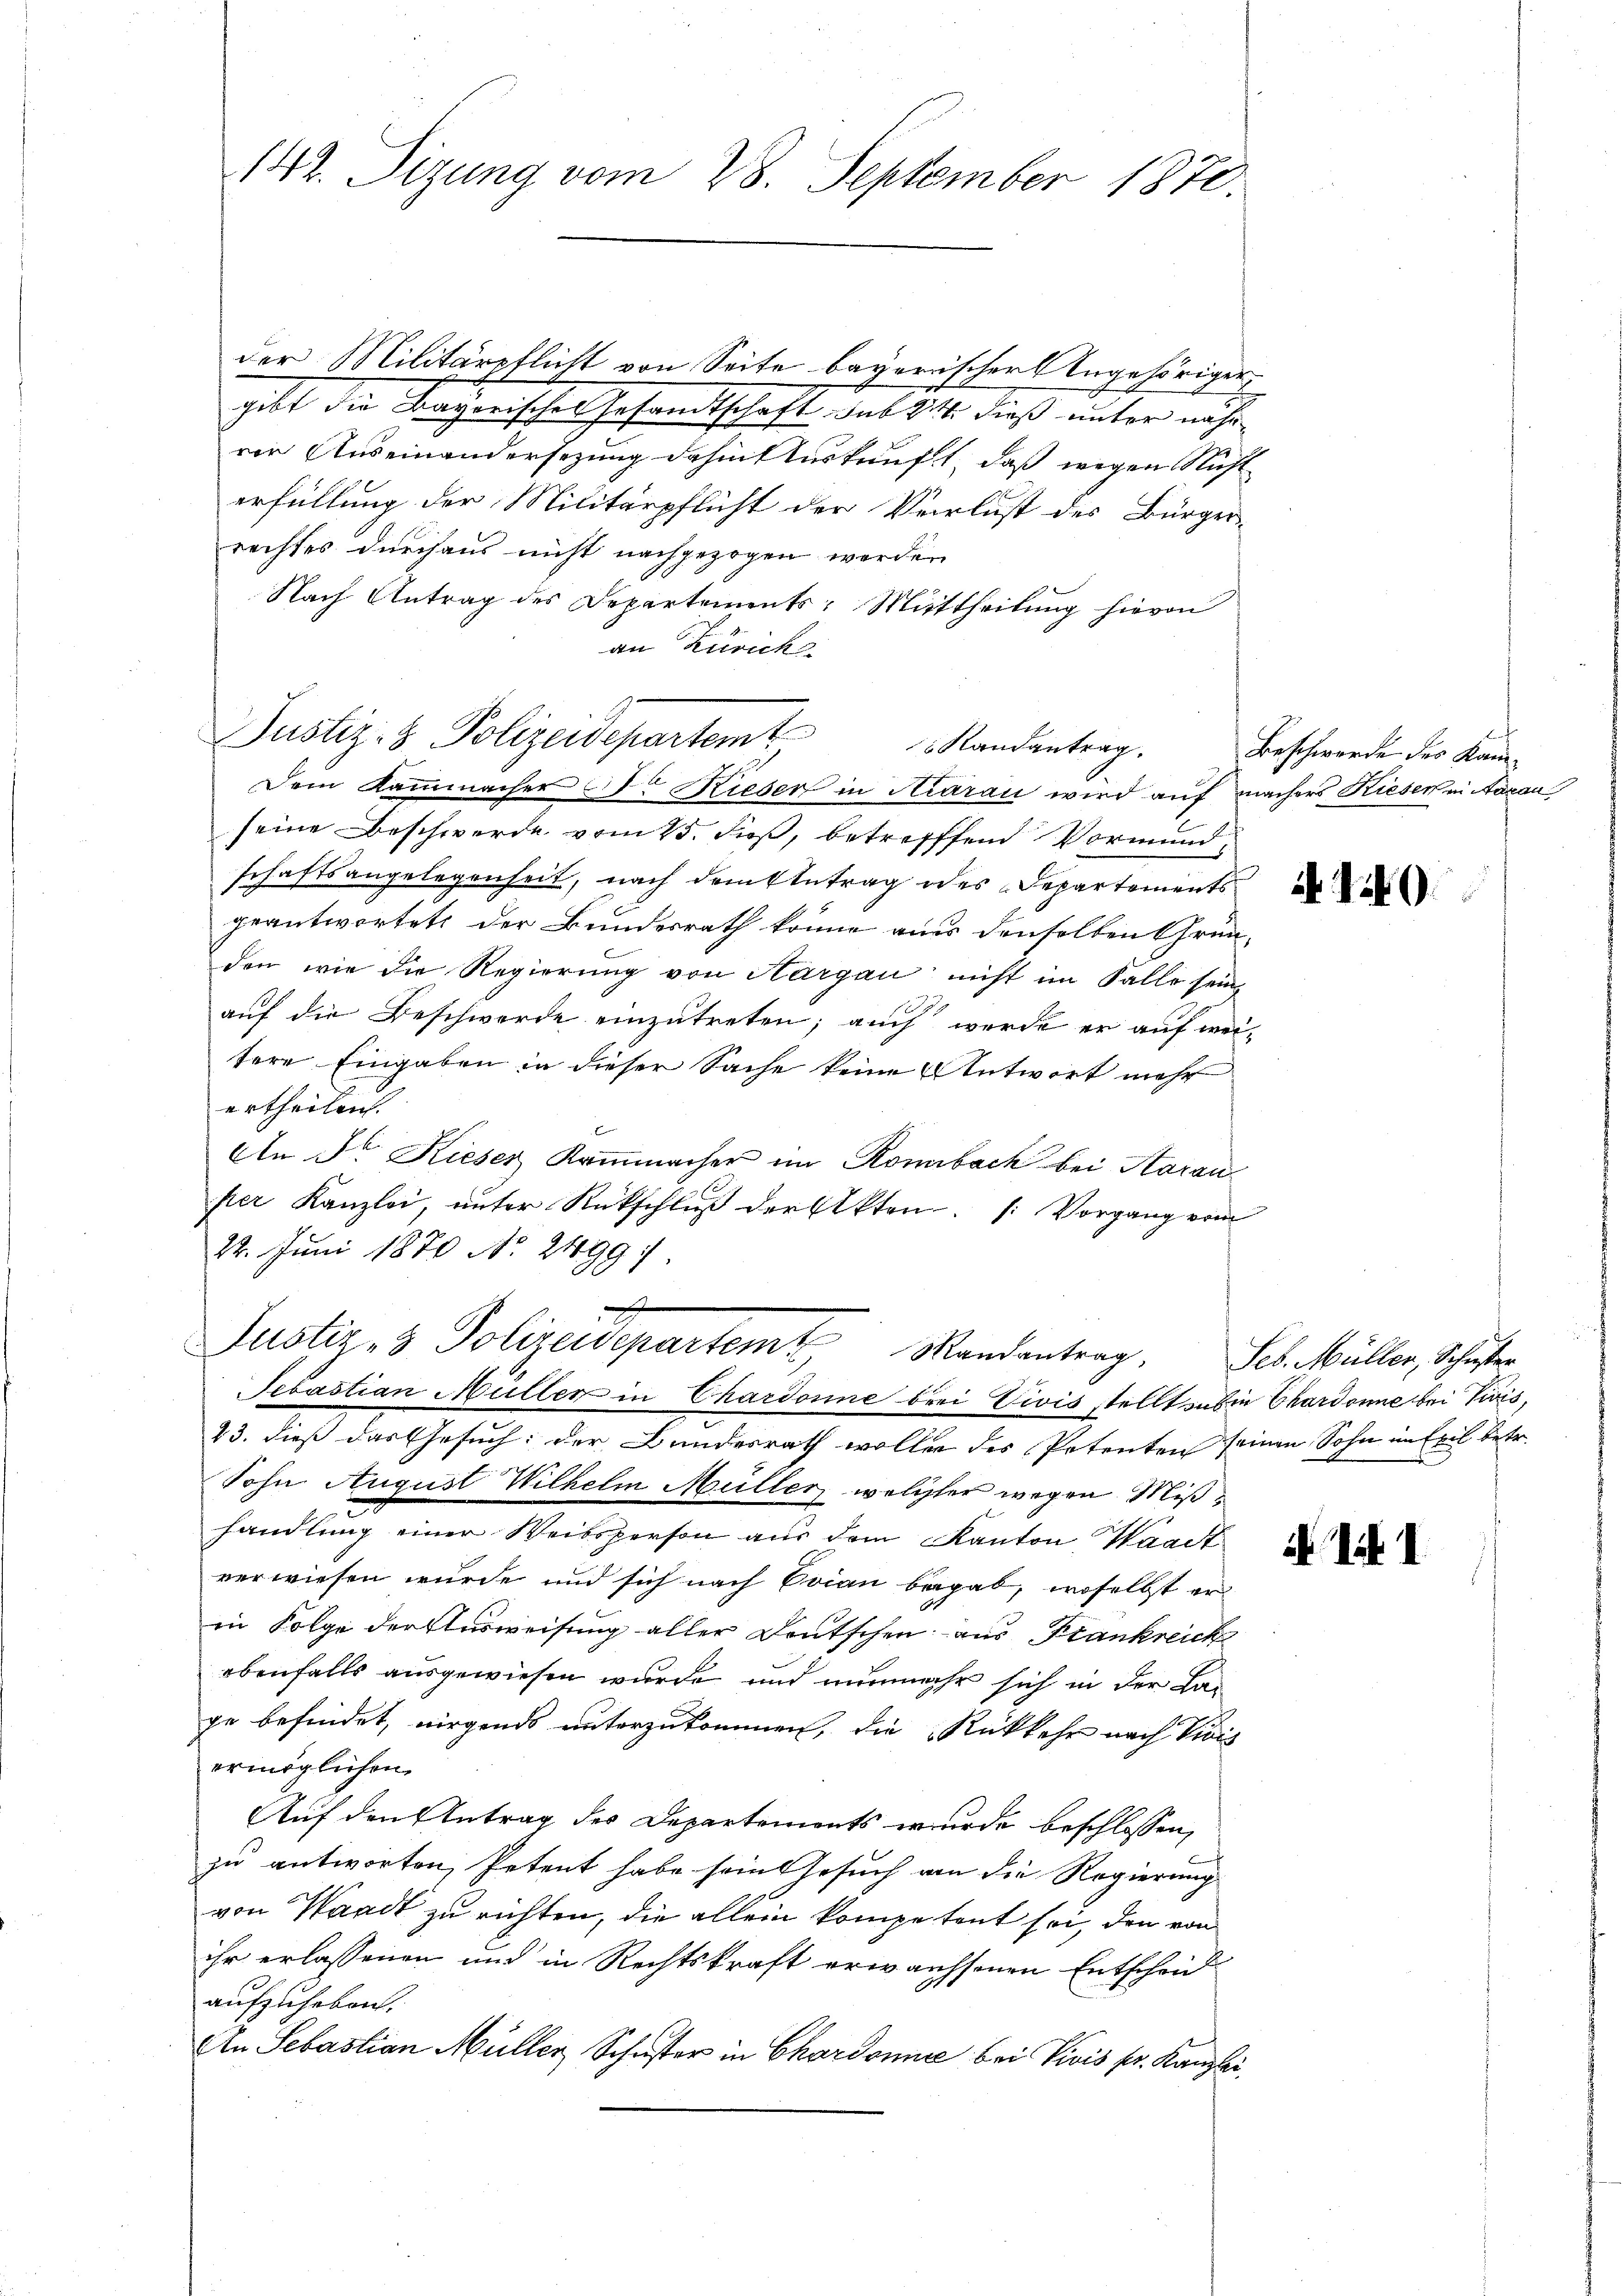
142. Sizung vom 28. September 1870.

der Militärpflicht von Seite bayerischer Angehöriger
gibt die Sacherischen Gesandtschaft das 14. dieß unter näher
ren Auseinandersezung dahin Auskunft, daß wegen Nicht
erfüllung der Militärpflicht der Verlust des Bürger-
rechtes durchaus nicht nachgezogen werden
Nach Antrag des Departements: Mittheilung hievon
an Zürichs
Dem Kammmacher Dr Rieser in Aarau wird auf machers Rieser in Aarau
seine Beschwerde vom 25. dieß, betreffend Vormund
schaftsangelegenheit, nach denkbetrag des Departements
geantwortet, der Bundesrath könne aus denselben Grün-
den wie die Regierung von Aargau nicht im Falle sein,
auf die Beschwerde einzutreten; auch werde er auf wei-
tere Eingaben in dieser Sache keine Antwort mehr
ertheilen.
An Sr. Kieser Kaṁmacher im Romibach bei Horan
per Kanzlei, unter Rückschluß der Akten. (: Vorgang vom
22. Juni 1870 No. 2499.
Justiz- & Polizeidepartem Mandantrag
Sebastian Müller in Chardonne brei Vivis stellt dabein Chardonne bei Vivis,
23. dieß das Gesuch: der Bundesrath wollen des Petenten seinen Sohn im Exil betr.
Sohn August Wilhelm Müller, welcher wegen Mißhandlŭng einer Weibsperson aŭs dem Kanton Waadt
verwiesen wurde und sich nach Evian begab, woselbst er
in Folge der Ausweisung aller Deutschen aus Krankreich
ebenfalls ausgewiesen wurde und nunmehr sich in der Lage befindet, nirgends unterzukommen, die Rückkehr nach Vivis
ermöglichen
Auf den Antrag des Departements wurde beschlossen,
zu antworten, Petent habe seingesuch von die Regierung
von Waadt zu richten, die allein kompetent sei, den von
ihr erlassenen und in Rechtskraft erwachsenen Entscheid
aufzuheben.
An Sebastian Müller Schuster in Chardonne bei Vivis pr. Kanzlei,

Justiz- & Polizeidepartem Randantrag.

Beschwerde des Kam¬

if. 19.

Seb. Müller, Schuster